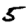
Digit: 5